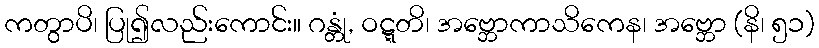
ကတွာပိ၊ ပြု၍လည်းကောင်း။ ဂန္တုံ, ဝဋ္ဋတိ၊ အဗ္ဘောကာသိကေန၊ အဗ္ဘော (နိ၊ ၅၁)